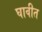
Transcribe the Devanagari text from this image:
घावीत